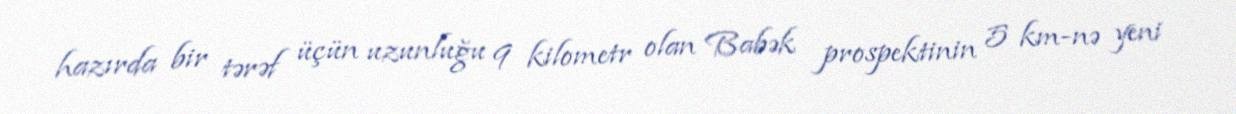
hazırda bir tərəf üçün uzunluğu 9 kilometr olan Babək prospektinin 5 km-nə yeni